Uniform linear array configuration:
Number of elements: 64
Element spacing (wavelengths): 0.5
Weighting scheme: uniform
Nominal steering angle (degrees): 45
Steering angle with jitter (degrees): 43.157
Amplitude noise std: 0.05
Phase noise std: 0.05

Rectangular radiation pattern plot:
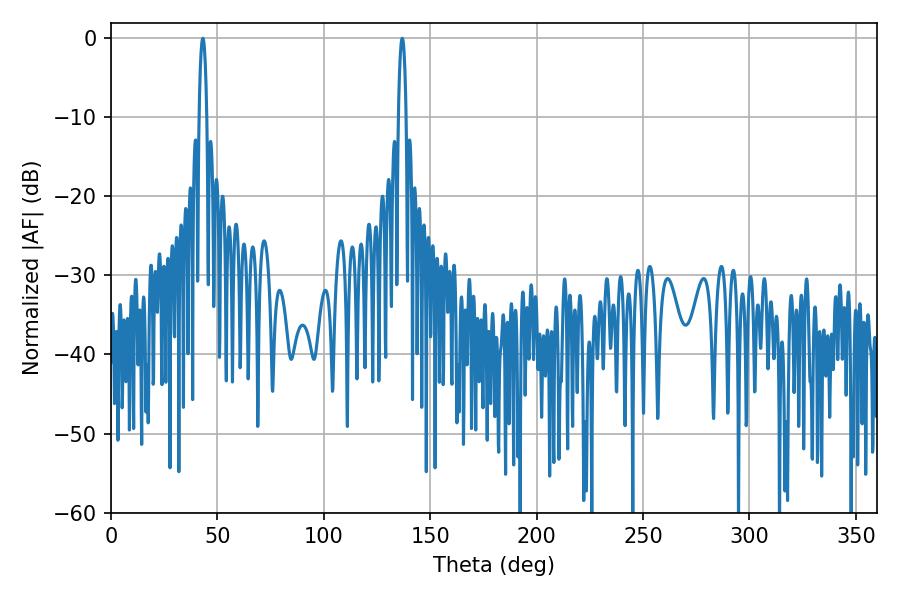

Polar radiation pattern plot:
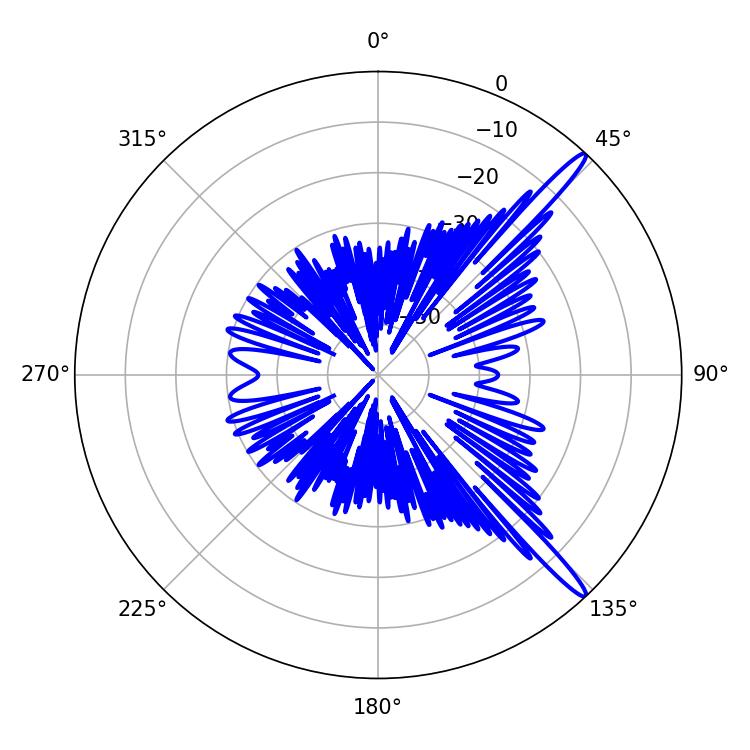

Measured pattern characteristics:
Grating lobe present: FALSE
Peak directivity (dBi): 15.359
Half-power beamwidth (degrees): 1.98
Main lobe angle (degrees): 136.8